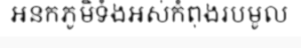
អនកភូមិទំងអស់កំពុងរបមូល